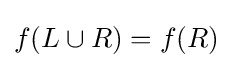
f(L\cup R)=f(R)